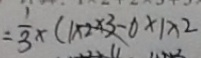
= \frac { 1 } { 3 } \times ( 1 \times 2 \times 3 - 0 \times 1 \times 2